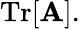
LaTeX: \operatorname{Tr}[\mathbf{A}].